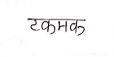
मजकूर: टकमक